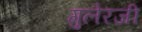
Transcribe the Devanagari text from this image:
गुलेरजी